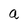
Character: a